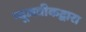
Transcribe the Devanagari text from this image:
न्यूजवीकद्वारा